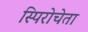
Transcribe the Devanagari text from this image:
स्पिरोचेता